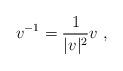
LaTeX: \begin{align*}v^{-1}=\frac{1}{|v|^2} v\ ,\end{align*}